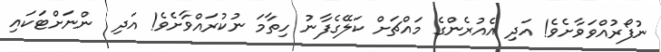
ނުފޯރުއްވަވާށެވެ! އަދި އެއުރެންގެ މައްޗަށް ކަލޭގެފާނު ހިތާމަ ނުކުރައްވާށެވެ! އަދި  ންނަށްޓަކައި